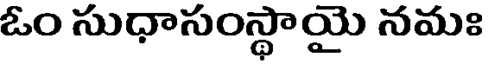
ఓం సుధాసంస్థాయై నమః